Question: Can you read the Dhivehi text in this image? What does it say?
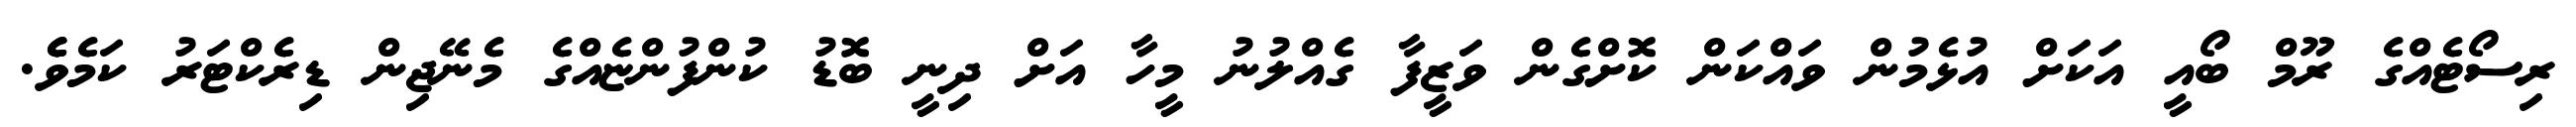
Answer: ރިސޯޓެއްގެ ރޫމް ބޯއީ އަކަށް އުޅެމުން ވައްކަން ކޮށްގެން ވަޒީފާ ގެއްލުނު މީހާ އަށް ދިނީ ބޮޑު ކުންފުންޏެއްގެ މެނޭޖިން ޑިރެކްޓަރު ކަމެވެެ.